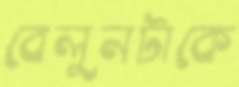
বেলুনটাকে